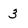
Character: 3